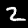
Label: 2